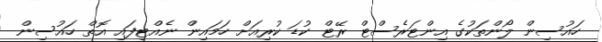
ހައުސިން ލޯންތަކުގެ އިންޓަރެސްޓް ރޭޓް ކުޑަ ކުރިއަށް ހަމައިން ނެއްޓިފައި އޮތް ހައުސިން